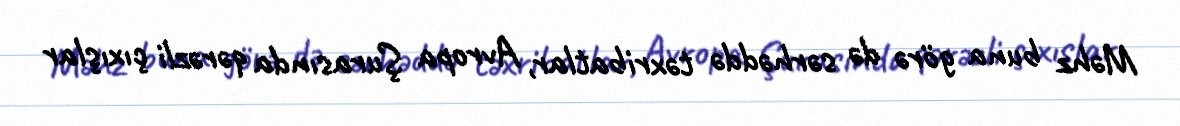
Məhz buna görə də sərhəddə təxribatlar, Avropa Şurasında qərəzli çıxışlar